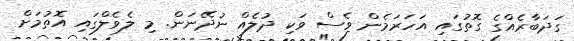
ގަދަބާރެއްގެ ގޮތުގައި އަހަރަމެން ވެސް ވަކި ދުލެއް ނުދޭނަން. މި ލެވެލްގައި އޮތުމަށް